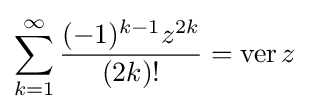
\sum _{k=1}^{\infty }{\frac {(-1)^{k-1}z^{2k}}{(2k)!}}=\operatorname {ver} z